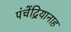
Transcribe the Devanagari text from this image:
पंचेंद्रियानाह